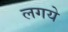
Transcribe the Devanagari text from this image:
लगये